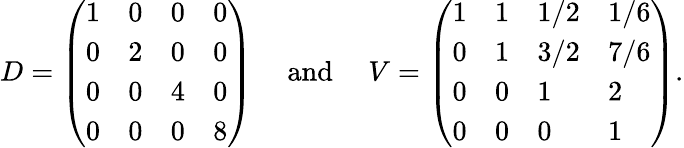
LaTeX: \begin{array}{r}{D=\left(\begin{array}{llll}{1}&{0}&{0}&{0}\\ {0}&{2}&{0}&{0}\\ {0}&{0}&{4}&{0}\\ {0}&{0}&{0}&{8}\end{array}\right)\quad\mathrm{~and~}\quad V=\left(\begin{array}{llll}{1}&{1}&{1/2}&{1/6}\\ {0}&{1}&{3/2}&{7/6}\\ {0}&{0}&{1}&{2}\\ {0}&{0}&{0}&{1}\end{array}\right).}\end{array}